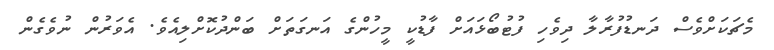
މެޗަކަށްވެސް ދަނޑުފުރާލާ ދިވެހި ފުޓުބޯޅައަށް ފާޑުކީ މީހުންގެ އަނގަތަށް ބަންދުކޮށްލިއެވެ. އެވަރުން ނުވެގެން